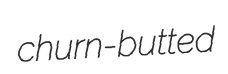
churn-butted